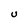
Character: U